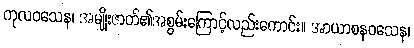
ကုလဝသေန၊ အမျိုးဇာတ်၏အစွမ်းကြောင့်လည်းကောင်း။ အာယာစနဝသေန၊